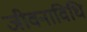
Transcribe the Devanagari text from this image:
जीवनाविधि